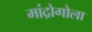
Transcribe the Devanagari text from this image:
मांद्रोगोला